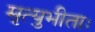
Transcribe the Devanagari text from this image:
मृत्युभीताः